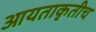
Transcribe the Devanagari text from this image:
आयताकृतीच